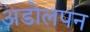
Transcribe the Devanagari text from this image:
अडोलपन